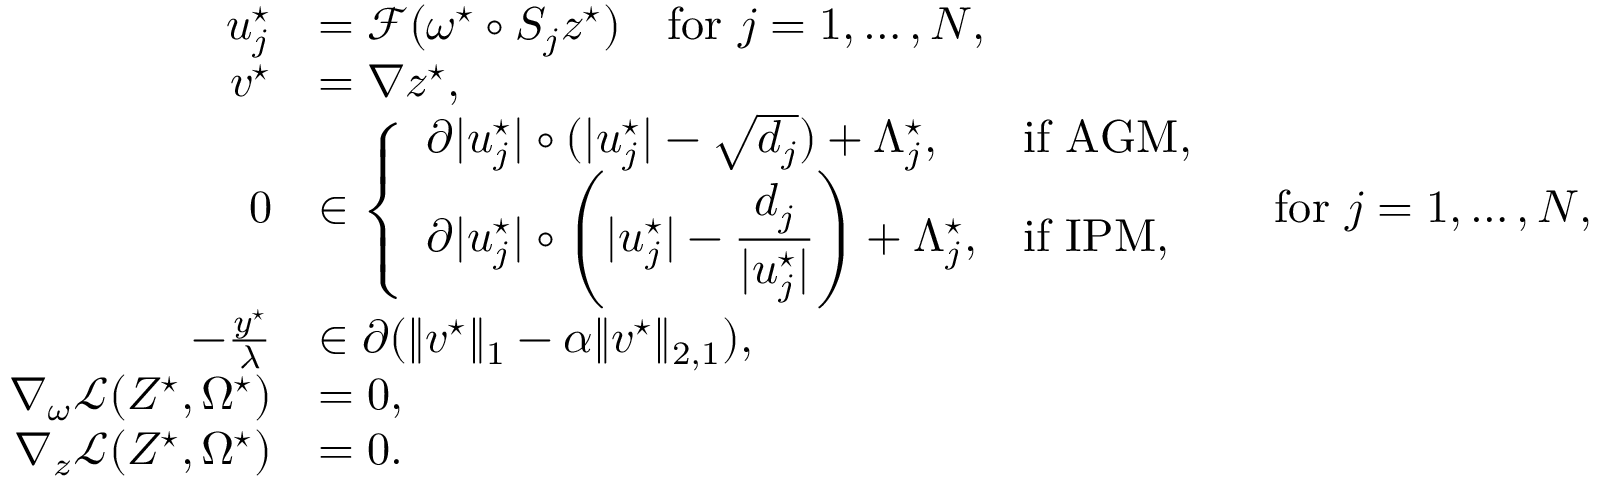
\begin{array} { r l } { u _ { j } ^ { \star } } & { = \mathcal { F } ( \omega ^ { \star } \circ S _ { j } z ^ { \star } ) \quad \mathrm { f o r ~ } j = 1 , \ldots , N , } \\ { v ^ { \star } } & { = \nabla z ^ { \star } , } \\ { 0 } & { \in \left\{ \begin{array} { l l } { \partial | u _ { j } ^ { \star } | \circ ( | u _ { j } ^ { \star } | - \sqrt { d _ { j } } ) + \Lambda _ { j } ^ { \star } , } & { \mathrm { i f ~ A G M } , } \\ { \partial | u _ { j } ^ { \star } | \circ \left( | u _ { j } ^ { \star } | - \displaystyle \frac { d _ { j } } { | u _ { j } ^ { \star } | } \right) + \Lambda _ { j } ^ { \star } , } & { \mathrm { i f ~ I P M , } } \end{array} \right. \quad \mathrm { f o r ~ } j = 1 , \ldots , N , } \\ { - \frac { y ^ { \star } } { \lambda } } & { \in \partial ( \| v ^ { \star } \| _ { 1 } - \alpha \| v ^ { \star } \| _ { 2 , 1 } ) , } \\ { \nabla _ { \omega } \mathcal { L } ( Z ^ { \star } , \Omega ^ { \star } ) } & { = 0 , } \\ { \nabla _ { z } \mathcal { L } ( Z ^ { \star } , \Omega ^ { \star } ) } & { = 0 . } \end{array}